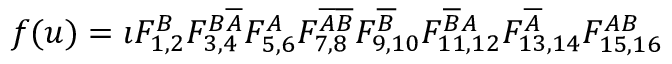
f ( u ) = \imath F _ { 1 , 2 } ^ { B } \allowbreak F _ { 3 , 4 } ^ { B \overline { { A } } } \allowbreak F _ { 5 , 6 } ^ { A } \allowbreak F _ { 7 , 8 } ^ { \overline { { A } } \overline { { B } } } \allowbreak F _ { 9 , 1 0 } ^ { \overline { { B } } } \allowbreak F _ { 1 1 , 1 2 } ^ { \overline { { B } } A } \allowbreak F _ { 1 3 , 1 4 } ^ { \overline { { A } } } \allowbreak F _ { 1 5 , 1 6 } ^ { A B }